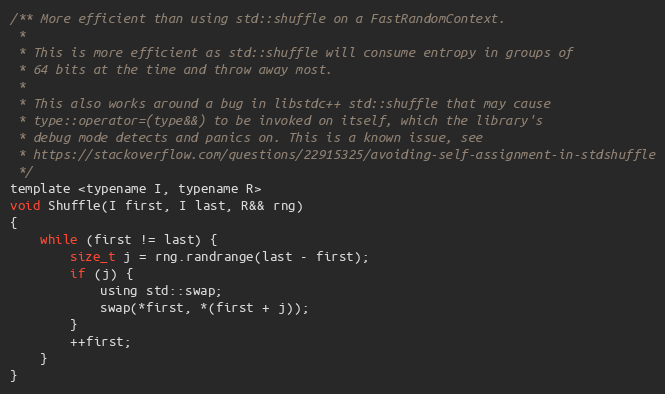
Language: C
/** More efficient than using std::shuffle on a FastRandomContext.
 *
 * This is more efficient as std::shuffle will consume entropy in groups of
 * 64 bits at the time and throw away most.
 *
 * This also works around a bug in libstdc++ std::shuffle that may cause
 * type::operator=(type&&) to be invoked on itself, which the library's
 * debug mode detects and panics on. This is a known issue, see
 * https://stackoverflow.com/questions/22915325/avoiding-self-assignment-in-stdshuffle
 */
template <typename I, typename R>
void Shuffle(I first, I last, R&& rng)
{
    while (first != last) {
        size_t j = rng.randrange(last - first);
        if (j) {
            using std::swap;
            swap(*first, *(first + j));
        }
        ++first;
    }
}